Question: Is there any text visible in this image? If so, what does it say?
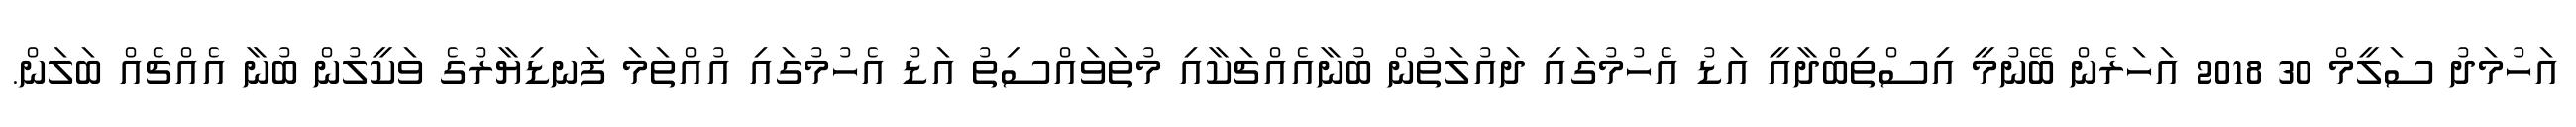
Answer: އަހުމަދު ސަލީމް 30 2018 އަހަރެން ބޭނުމީ އިސްތިބްދާއީ އަޑު އެހުމުގައި ދައުލަތުން ބުނާއެއްޗަކާއި މުތަވައްސިތު އަޑު އެހުމުގައި އުއްތަމަ ފަނޑިޔާރުގެ ވަކީލުން ބުނާ އެއްޗެއް ބަލަން.